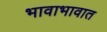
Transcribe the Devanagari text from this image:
भावाभावात